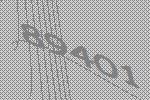
89401